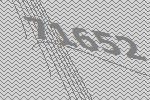
71652